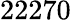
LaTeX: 22270